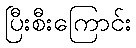
ပြီးစီးကြောင်း